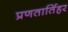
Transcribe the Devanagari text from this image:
प्रणतार्तिहर